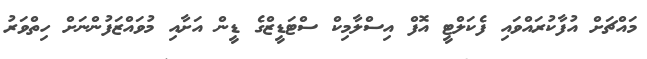
މައްޗަށް އުފާކުރައްވައި ފެކަލްޓީ އޮފް އިސްލާމިކް ސްޓަޑީޒްގެ ޑީން އަށާއި މުވައްޒަފުންނަށް ހިތްވަރު